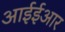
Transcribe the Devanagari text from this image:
आईईआर